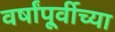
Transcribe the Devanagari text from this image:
वर्षांपू्र्वीच्या